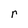
Character: r